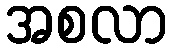
အစလာ